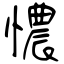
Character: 憹